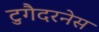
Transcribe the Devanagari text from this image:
टुगैदरनेस